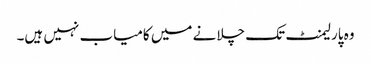
وہ پارلیمنٹ تک چلانے میں کامیاب نہیں ہیں۔